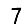
Digit: 7